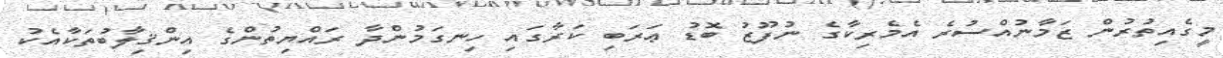
މީގެއިތުރުން ޒަމާނުއްސުރެ އެމެރިކާގެ ނުފޫޒު ބޮޑު ޢަރަބި ކަރާގައި ހިނގަމުންދާ ރައްޔިތުންގެ އިންޤިލާބުތަކާއެކު